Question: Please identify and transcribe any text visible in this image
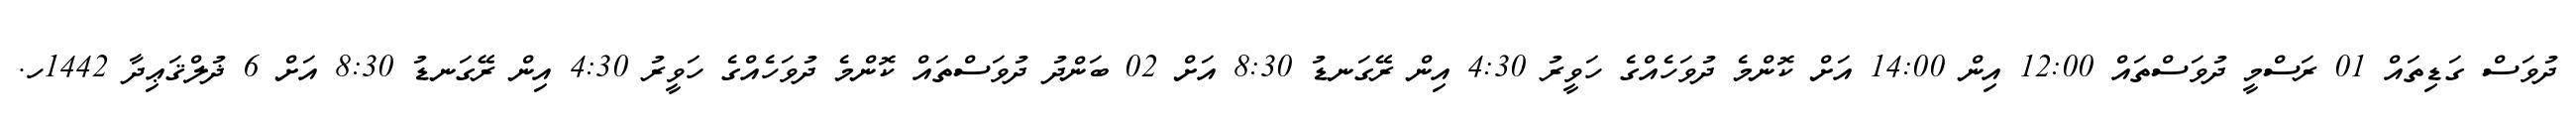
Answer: ދުވަސް ގަޑިތައް 01 ރަސްމީ ދުވަސްތައް 12:00 އިން 14:00 އަށް ކޮންމެ ދުވަހެއްގެ ހަވީރު 4:30 އިން ރޭގަނޑު 8:30 އަށް 02 ބަންދު ދުވަސްތައް ކޮންމެ ދުވަހެއްގެ ހަވީރު 4:30 އިން ރޭގަނޑު 8:30 އަށް 6 ޛުލްޤަޢިދާ 1442ހ.